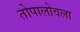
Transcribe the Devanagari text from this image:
तोपालोवला